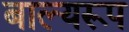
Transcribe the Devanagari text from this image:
बाल्यरूप